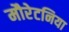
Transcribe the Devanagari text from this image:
मौरेटनिया